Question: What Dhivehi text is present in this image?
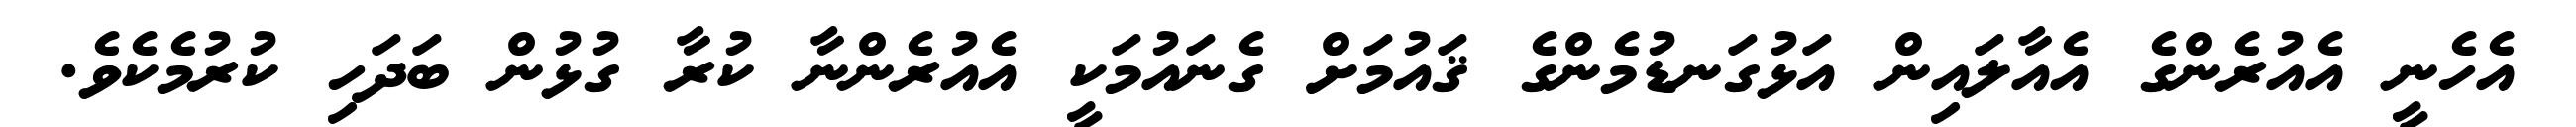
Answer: އެހެނީ އެއުރެންގެ އެއާލައިން އަޅުގަނޑުމެންގެ ޤައުމަށް ގެނައުމަކީ އެއުރެންނާ ކުރާ ގުޅުން ބަދަހި ކުރުމެކެވެ.